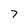
Character: 7